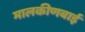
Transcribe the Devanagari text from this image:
मालकीणबाई